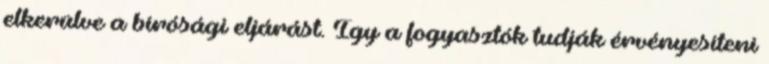
elkerülve a bírósági eljárást. Így a fogyasztók tudják érvényesíteni